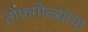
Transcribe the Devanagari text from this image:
तोफगोळ्याचा